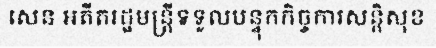
សេន អតីតរដ្ឋមន្ត្រីទទួលបន្ទុកកិច្ចការសន្តិសុខ